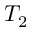
T _ { 2 }